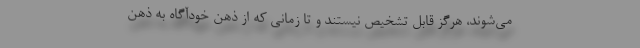
می‌شوند،‌ هرگز قابل تشخیص نیستند و تا زمانی که از ذهن خودآگاه به ذهن